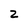
Character: 2